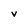
Character: v